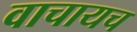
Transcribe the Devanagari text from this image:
वाचायच